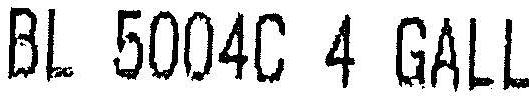
BL 5004C 4 GALL